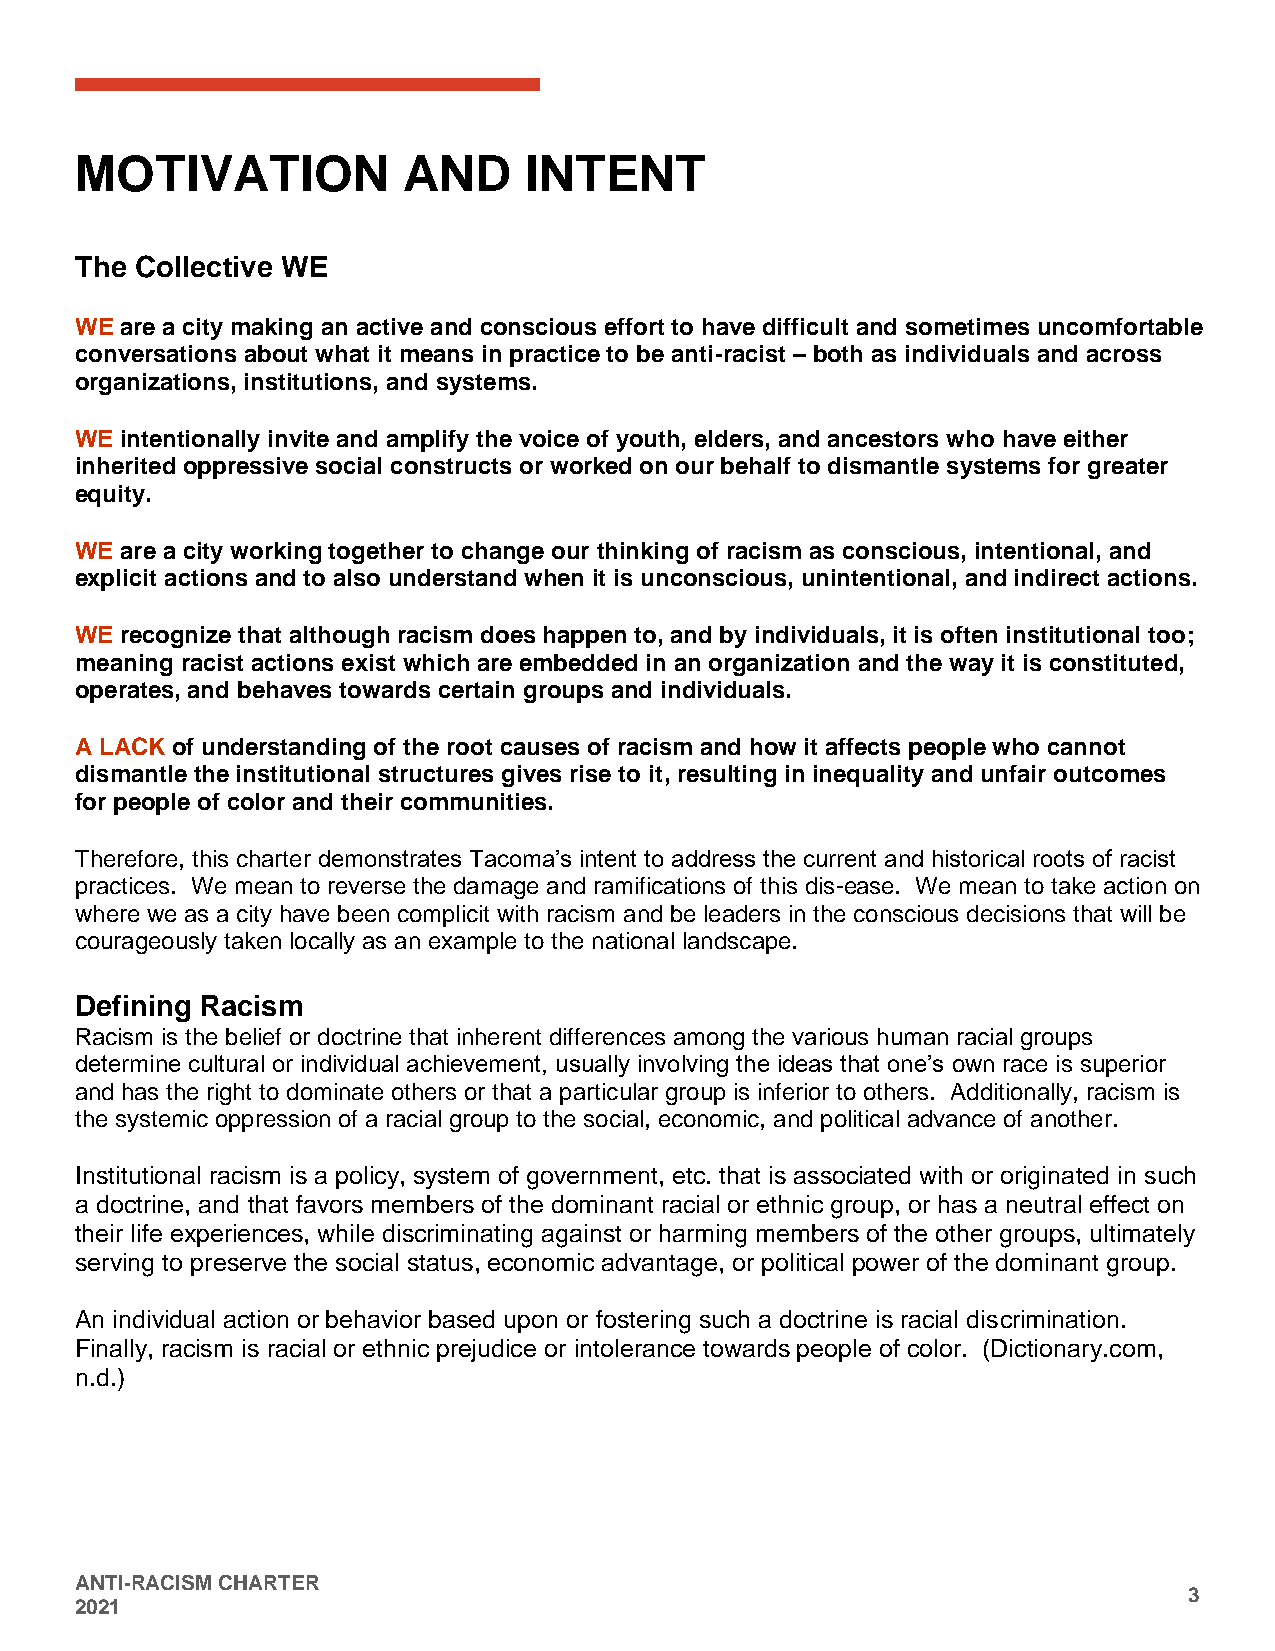
MOTIVATION            AND     INTENT
 The Collective WE
 WE are a city making an active and conscious effort to have difficult and sometimes uncomfortable
 conversations about what it means in practice to be anti-racist – both as individuals and across
 organizations, institutions, and systems.
 WE intentionally invite and amplify the voice of youth, elders, and ancestors who have either
 inherited oppressive social constructs or worked on our behalf to dismantle systems for greater
 equity.
 WE are a city working together to change our thinking of racism as conscious, intentional, and
 explicit actions and to also understand when it is unconscious, unintentional, and indirect actions.
 WE recognize that although racism does happen to, and by individuals, it is often institutional too;
 meaning racist actions exist which are embedded in an organization and the way it is constituted,
 operates, and behaves towards certain groups and individuals.
 A LACK of understanding of the root causes of racism and how it affects people who cannot
 dismantle the institutional structures gives rise to it, resulting in inequality and unfair outcomes
 for people of color and their communities.
 Therefore, this charter demonstrates Tacoma’s intent to address the current and historical roots of racist
 practices. We mean to reverse the damage and ramifications of this dis-ease. We mean to take action on
 where we as a city have been complicit with racism and be leaders in the conscious decisions that will be
 courageously taken locally as an example to the national landscape.
 Defining Racism
 Racism is the belief or doctrine that inherent differences among the various human racial groups
 determine cultural or individual achievement, usually involving the ideas that one’s own race is superior
 and has the right to dominate others or that a particular group is inferior to others. Additionally, racism is
 the systemic oppression of a racial group to the social, economic, and political advance of another.
 Institutional racism is a policy, system of government, etc. that is associated with or originated in such
 a doctrine, and that favors members of the dominant racial or ethnic group, or has a neutral effect on
 their life experiences, while discriminating against or harming members of the other groups, ultimately
 serving to preserve the social status, economic advantage, or political power of the dominant group.
 An individual action or behavior based upon or fostering such a doctrine is racial discrimination.
 Finally, racism is racial or ethnic prejudice or intolerance towards people of color. (Dictionary.com,
 n.d.)
 ANTI-RACISM CHARTER
 3
 2021